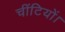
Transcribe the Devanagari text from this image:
चींटियों।